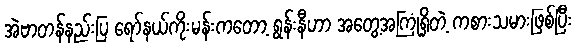
အဲဗာတန်နည်းပြ ရော်နယ်ကိုးမန်းကတော့ ရွန်းနီဟာ အတွေ့အကြုံရှိတဲ့ ကစားသမားဖြစ်ပြီး